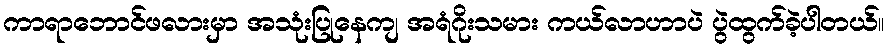
ကာရာဘောင်ဖလားမှာ အသုံးပြုနေကျ အရံဂိုးသမား ကယ်လာဟာပဲ ပွဲထွက်ခဲ့ပါတယ်။